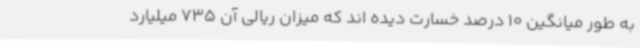
به طور میانگین 10 درصد خسارت دیده اند که میزان ریالی آن 735 میلیارد